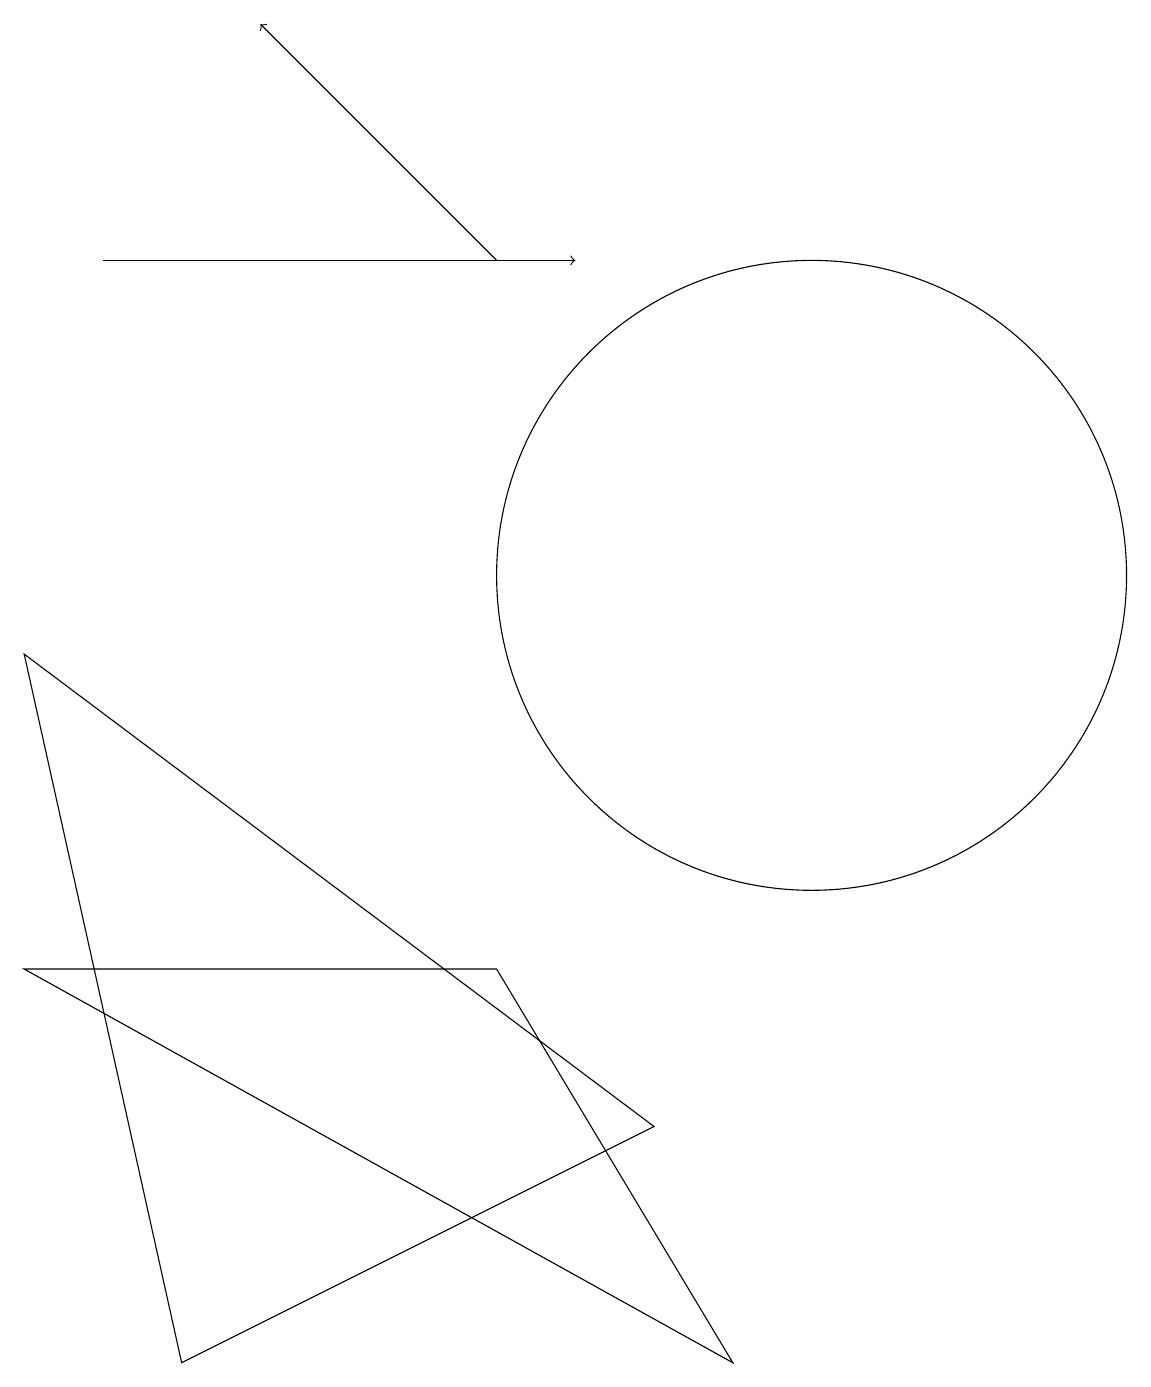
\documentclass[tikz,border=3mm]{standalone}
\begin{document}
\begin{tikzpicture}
\draw[->] (1,14) -- (7,14);
\draw[->] (6,14) -- (3,17);
\draw (9,0) -- (6,5) -- (0,5) -- cycle;
\draw (0,9) -- (2,0) -- (8,3) -- cycle;
\draw (10,10) circle (4);
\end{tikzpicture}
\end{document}